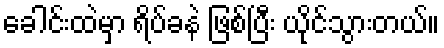
ခေါင်းထဲမှာ ရိပ်ခနဲ ဖြစ်ပြီး ယိုင်သွားတယ်။